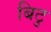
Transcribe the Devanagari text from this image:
बिटु